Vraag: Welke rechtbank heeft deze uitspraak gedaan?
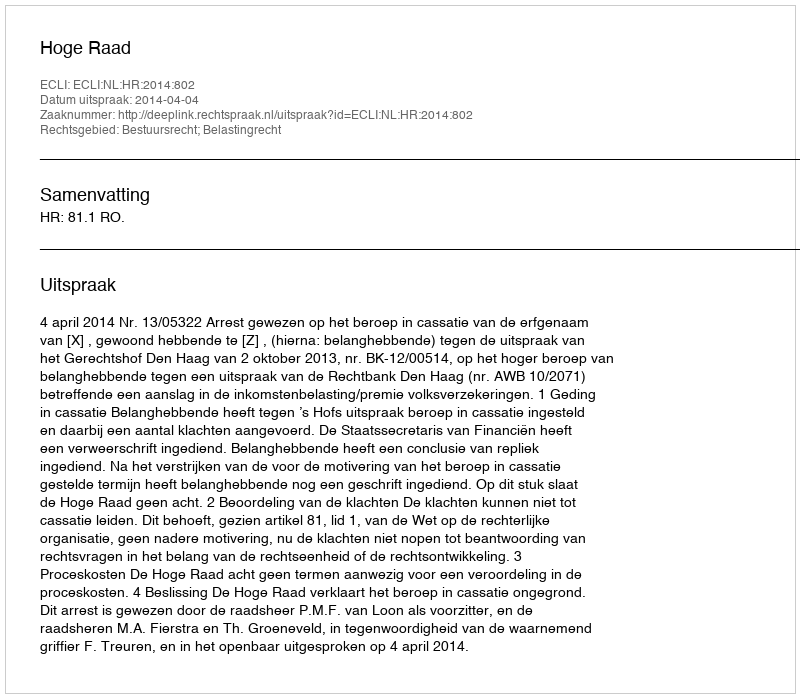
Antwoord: Hoge Raad